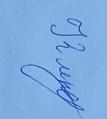
Signature authenticity: genuine